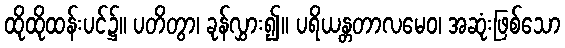
ထိုထိုထန်းပင်၌။ ပတိတွာ၊ ခုန်လွှား၍။ ပရိယန္တတာလမေဝ၊ အဆုံးဖြစ်သော